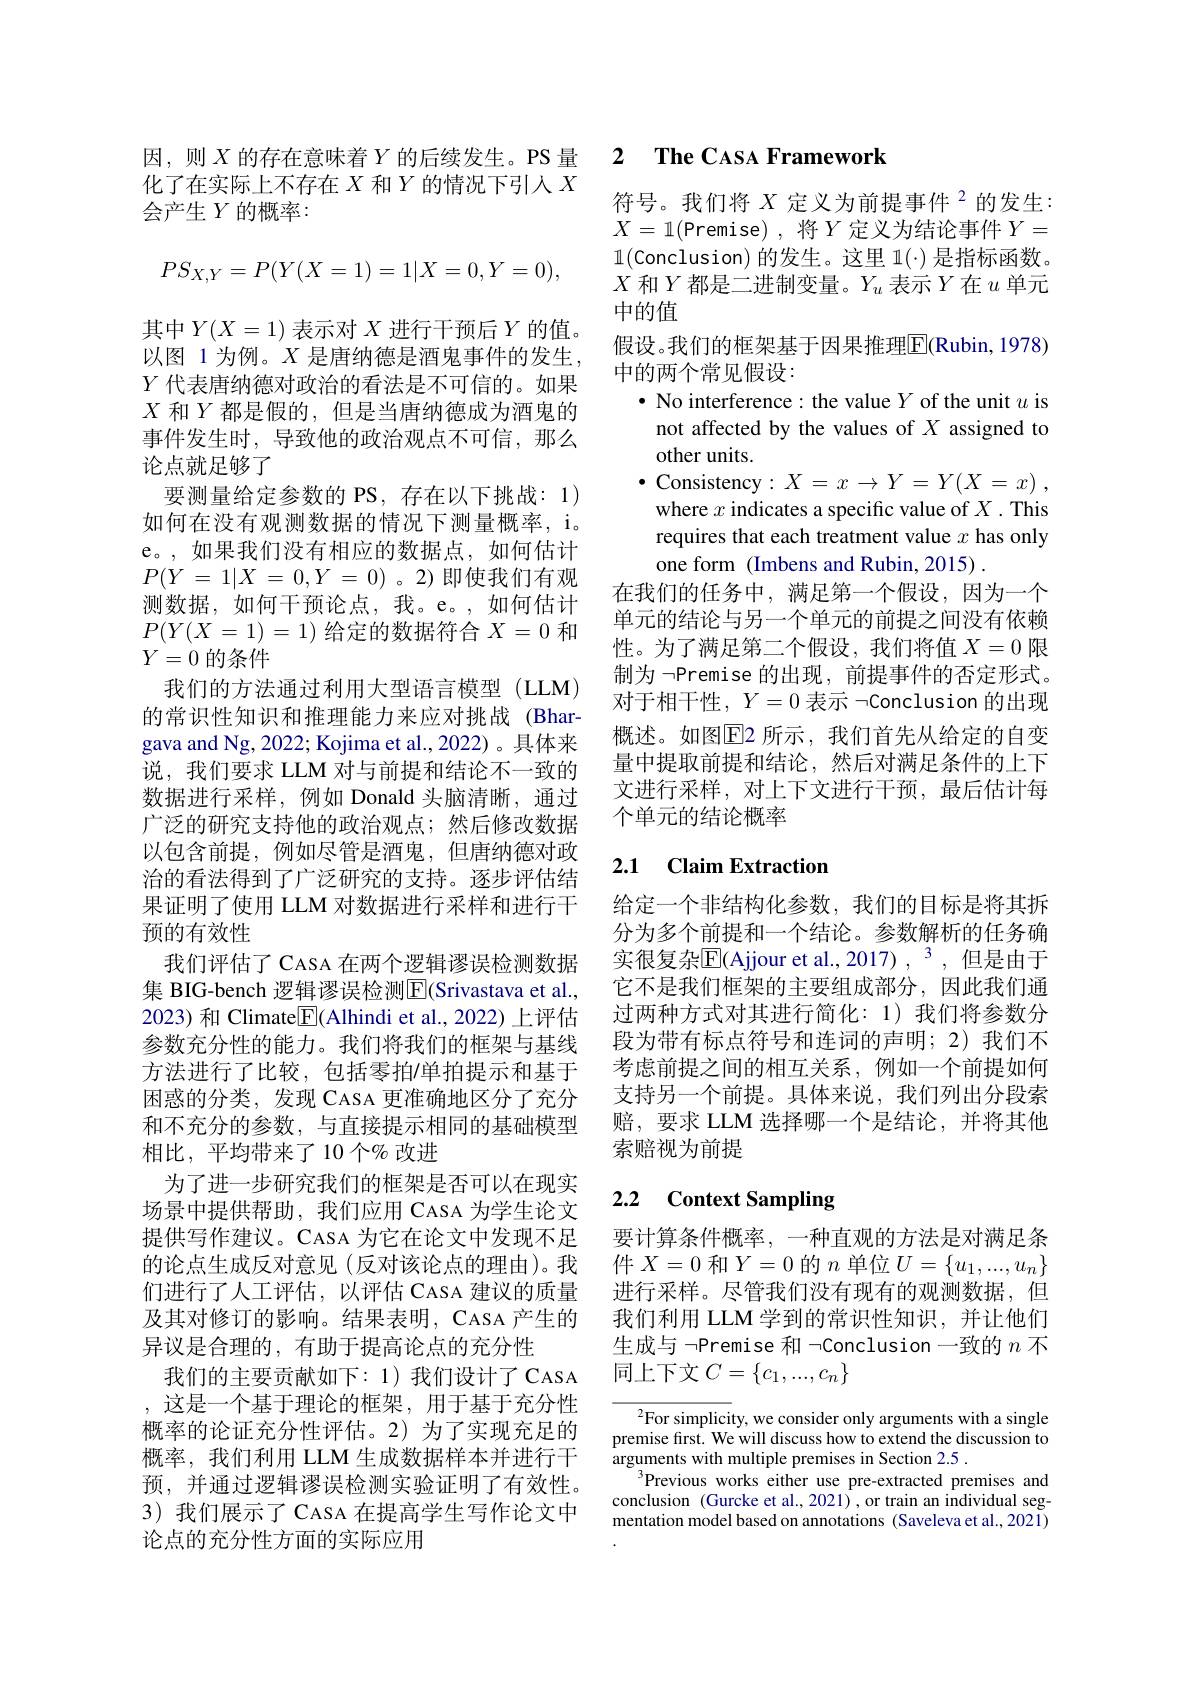
因，则$X$的存在意味着$Y$的后续发生。PS 量化了在实际上不存在$X$和$Y$的情况下引人$X$ 会产生$Y$的概率：
$$PS_{X,Y}=P(Y(X=1)=1|X=0,Y=0),$$
其中$Y(X=1)$表示对$X$进行干预后$Y$的值。以图 1 为例。$X$是唐纳德是酒鬼事件的发生， $Y$代表唐纳德对政治的看法是不可信的。如果$X$和$Y$都是假的，但是当唐纳德成为酒鬼的事件发生时，导致他的政治观点不可信，那么论点就足够了
要测量给定参数的 PS,存在以下挑战：1) 如何在没有观测数据的情况下测量概率，i。e。,如果我们没有相应的数据点，如何估计$P( Y$ = $1| X$ = $0, Y$ = 0) 。2)即使我们有观测数据，如何干预论点，我。e。,如何估计$P(Y(X=1)=1)$给定的数据符合$X=0$和$Y=0$的条件
我们的方法通过利用大型语言模型(LLM) 的常识性知识和推理能力来应对挑战(Bhargava and Ng, 2022; Kojima et al., 2022) 。具体来说，我们要求 LLM 对与前提和结论不一致的数据进行采样，例如 Donald 头脑清晰，通过广泛的研究支持他的政治观点；然后修改数据以包含前提，例如尽管是酒鬼，但唐纳德对政治的看法得到了广泛研究的支持。逐步评估结果证明了使用 LLM 对数据进行采样和进行干预的有效性
我们评估了 CASA 在两个逻辑谬误检测数据集 BIG-bench 逻辑谬误检测$\overline{\mathrm{E}}($Srivastava et al., 2023) 和 Climate$\boxed{\mathrm{F}}($Alhindi et al., 2022) 上评估参数充分性的能力。我们将我们的框架与基线方法进行了比较，包括零拍/单拍提示和基于困惑的分类，发现 CASA 更准确地区分了充分和不充分的参数，与直接提示相同的基础模型相比，平均带来了10个%改进
为了进一步研究我们的框架是否可以在现实场景中提供帮助，我们应用 CASA 为学生论文提供写作建议。CASA 为它在论文中发现不足的论点生成反对意见(反对该论点的理由)。我们进行了人工评估，以评估 CASA 建议的质量及其对修订的影响。结果表明，CASA 产生的异议是合理的，有助于提高论点的充分性
我们的主要贡献如下：1)我们设计了 CASA ,这是一个基于理论的框架，用于基于充分性概率的论证充分性评估。2)为了实现充足的概率，我们利用 LLM 生成数据样本并进行干预，并通过逻辑谬误检测实验证明了有效性。3) 我们展示了 CASA 在提高学生写作论文中论点的充分性方面的实际应用

### 2 $\textbf{The CASA Framework}$

符号。我们将 $X\text{ 定义为前提事件}^{2}$的发生： $X=1($Premise),将$Y$定义为结论事件$Y=$ $\mathbb{1}($Conclusion) 的发生。这里$\mathbb{1}(\cdot)$是指标函数。$X$和$Y$都是二进制变量。$Y_u$表示$Y$在$u$单元中的值
假设。我们的框架基于因果推理$\overline{\mathrm{E}}($Rubin, 1978)
中的两个常见假设：
$\bullet$ No interference: the value $Y$ of the unit $u$ is
not affected by the values of $X$ assigned to
other units.
$\bullet$ Consistency$: X= x\to Y= Y( X= x)$ , where $x$ indicates a specific value of $X.$ This requires that each treatment value $x$ has only one form (Imbens and Rubin, 2015) .
在我们的任务中，满足第一个假设，因为一个单元的结论与另一个单元的前提之间没有依赖性。为了满足第二个假设，我们将值$X=0$限制为$\neg$Premise 的出现，前提事件的否定形式。对于相干性，$Y=0$表示$\neg$Conclusion 的出现概述。如图$\overline{\mathrm{E}}$2 所示，我们首先从给定的自变量中提取前提和结论，然后对满足条件的上下文进行采样，对上下文进行干预，最后估计每个单元的结论概率

### 2.1 $\textbf{Claim Extraction}$

给定一个非结构化参数，我们的目标是将其拆分为多个前提和一个结论。参数解析的任务确实很复杂$\overline{\mathrm{E}}($Ajjour et al.,2017) , 3 ,但是由于它不是我们框架的主要组成部分，因此我们通过两种方式对其进行简化：1)我们将参数分段为带有标点符号和连词的声明；2)我们不考虑前提之间的相互关系，例如一个前提如何支持另一个前提。具体来说，我们列出分段索赔，要求 LLM 选择哪一个是结论，并将其他索赔视为前提

## 2.2 Context Sampling

要计算条件概率，一种直观的方法是对满足条件$X=0$和$Y=0$的$n$单位$U=\{u_1,...,u_n\}$ 进行采样。尽管我们没有现有的观测数据，但我们利用 LLM 学到的常识性知识，并让他们生成与 ¬Premise 和 ¬Conclusion 一致的$n$不同上下文$C=\{c_1,...,c_n\}$

${^2}$For simplicity, we consider only arguments with a single premise first. We will discuss how to extend the discussion to arguments with multiple premises in Section 2.5 .
$^3$Previous works either use pre-extracted premises and conclusion (Gurcke et al., 2021), or train an individual segmentation model based on annotations (Saveleva et al.,2021)